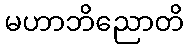
မဟာဘိညောတိ